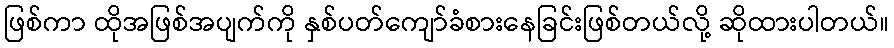
ဖြစ်ကာ ထိုအဖြစ်အပျက်ကို နှစ်ပတ်ကျော်ခံစားနေခြင်းဖြစ်တယ်လို့ ဆိုထားပါတယ်။